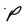
Character: P